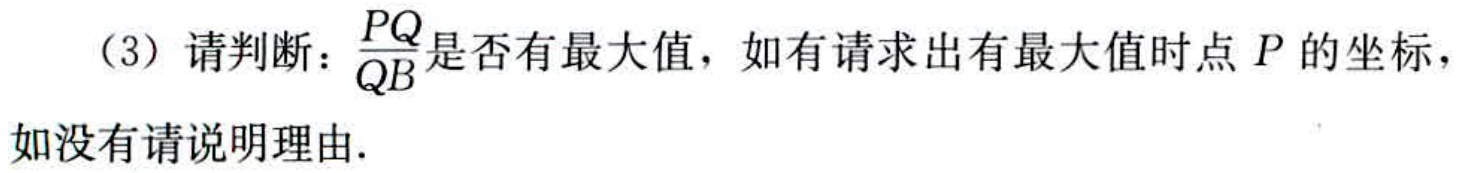
（3）请判断：$\frac{PQ}{QB}$是否有最大值，如有请求出有最大值时点$P$的坐标，如没有请说明理由.